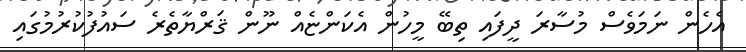
އެހެން ނަމަވެސް މުސާރަ ދީފައި ތިބޭ މީހުން އެކަންޏެއް ނޫން ޤަރްޔާތެރެ ސައުފުކުރުމުގައި